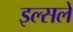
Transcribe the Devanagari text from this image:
इल्सले